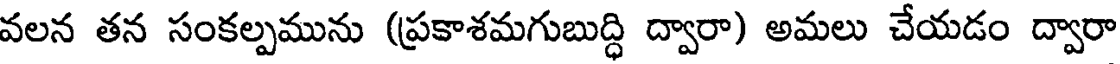
వలన తన సంకల్పమును (ప్రకాశమగుబుద్ధి ద్వారా) అమలు చేయడం ద్వారా